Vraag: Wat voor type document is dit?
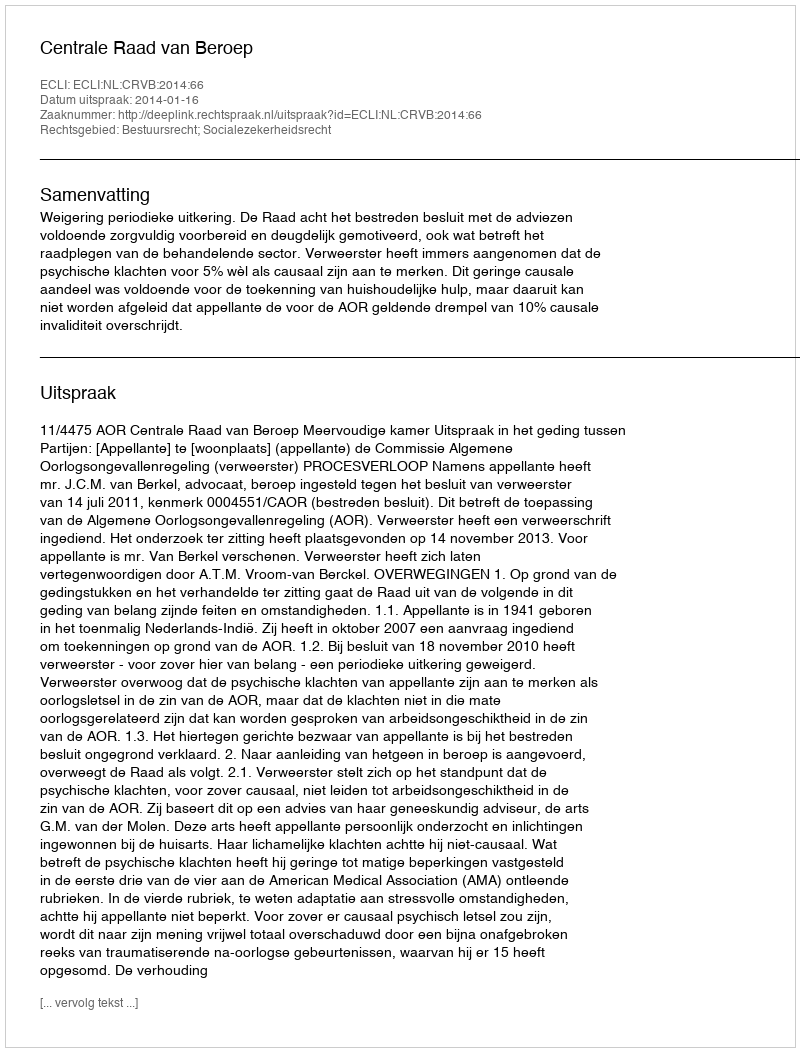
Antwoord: Uitspraak